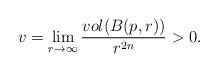
LaTeX: \begin{align*}v = \lim\limits_{r\to\infty}\frac{vol(B(p, r))}{r^{2n}}>0.\end{align*}